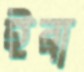
ইব্রা